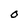
Character: O